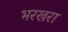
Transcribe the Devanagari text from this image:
भरखरा